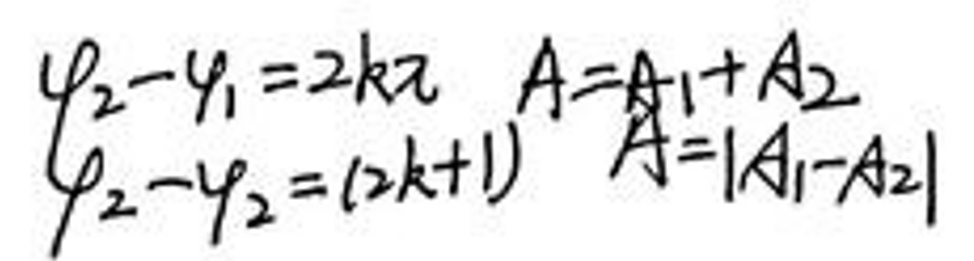
\[
\begin{cases}
\varphi_2 - \varphi_1 = 2k\pi \\
A = A_1 + A_2
\end{cases}
\quad
\begin{cases}
\varphi_2 - \varphi_2 = (2k + 1)\pi \\
A = |A_1 - A_2|
\end{cases}
\]